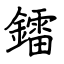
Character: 鐳